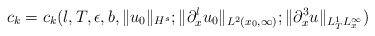
\begin{align*} c_k=c_k(l,T,\epsilon,b,\|u_0\|_{H^s}; \|\partial_x^lu_0\|_{L^2(x_0,\infty)}; \|\partial_x^3u\|_{L_T^1L_x^\infty})\end{align*}